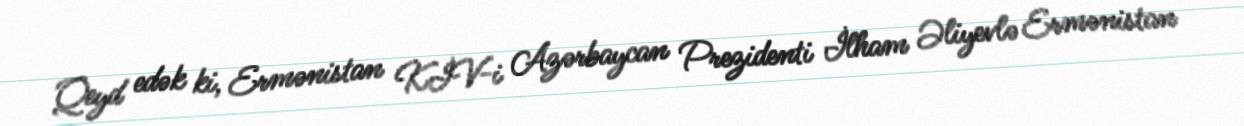
Qeyd edək ki, Ermənistan KİV-i Azərbaycan Prezidenti İlham Əliyevlə Ermənistan